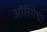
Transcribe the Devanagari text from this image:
ऑरिगेचा